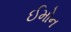
ઈમોન